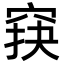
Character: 䆢